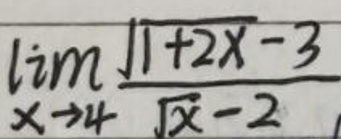
$\lim_{x \to 4} \frac{\sqrt{1 + 2x}-3}{\sqrt{x}-2}$